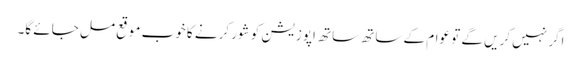
اگر نہیں کریں گے تو عوام کے ساتھ ساتھ اپوزیشن کو شور کرنے کا خوب موقع مل جائے گا۔